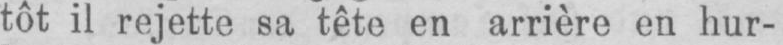
tôt il rejette sa tête en arrière en hur-